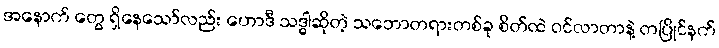
အနောက် တွေ ရှိနေသော်လည်း ဟောဒီ သဒ္ဓါဆိုတဲ့ သဘောတရားတစ်ခု စိတ်ထဲ ဝင်လာတာနဲ့ တပြိုင်နက်